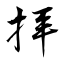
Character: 拝